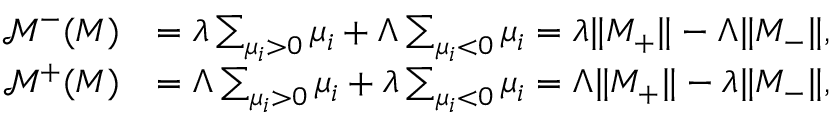
\begin{array} { r l } { \mathcal { M } ^ { - } ( M ) } & { = \lambda \sum _ { \mu _ { i } > 0 } \mu _ { i } + \Lambda \sum _ { \mu _ { i } < 0 } \mu _ { i } = \lambda \| M _ { + } \| - \Lambda \| M _ { - } \| , } \\ { \mathcal { M } ^ { + } ( M ) } & { = \Lambda \sum _ { \mu _ { i } > 0 } \mu _ { i } + \lambda \sum _ { \mu _ { i } < 0 } \mu _ { i } = \Lambda \| M _ { + } \| - \lambda \| M _ { - } \| , } \end{array}